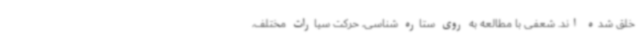
خلق شده اند. شعفی با مطالعه به روی ستاره شناسی، حرکت سیارات مختلف،